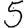
Digit: 5